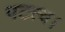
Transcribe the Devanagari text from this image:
पटत्व।